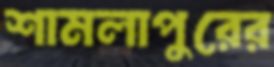
শামলাপুরের